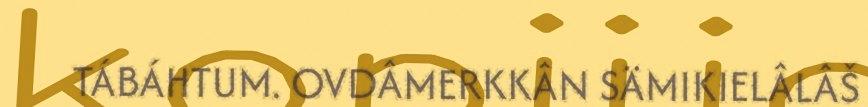
TÁBÁHTUM. OVDÂMERKKÂN SÄMIKIELÂLÂŠ